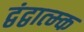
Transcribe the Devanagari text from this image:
द्वंद्वात्म्क